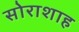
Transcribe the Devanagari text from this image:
सोराशाह